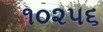
૧૦૨૫૬